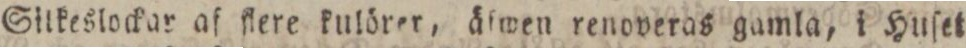
Silkeslockar af flere kulörer, äſwen renoveras gamla, i Huſet